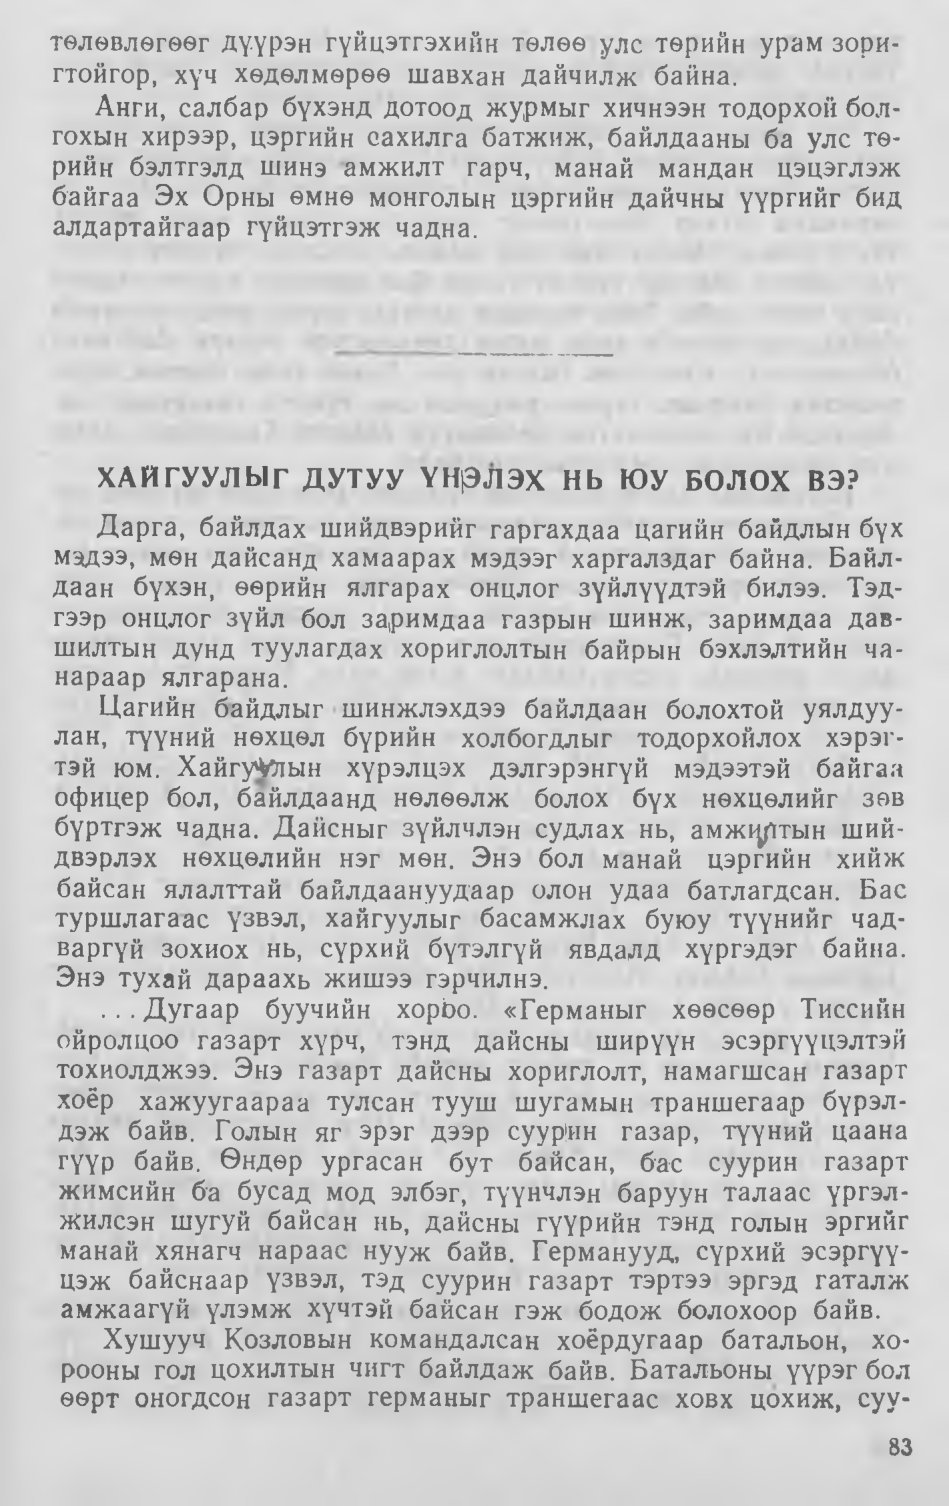
Language: mn